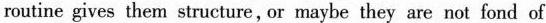
routine gives them structure, or maybe they are not fond of